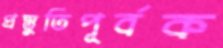
প্রস্তুতিপূর্বক